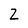
Character: Z